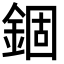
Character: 錮